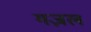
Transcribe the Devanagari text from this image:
गज़ल